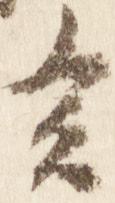
言